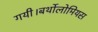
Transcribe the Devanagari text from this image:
गयी।बर्थोलोमियस